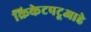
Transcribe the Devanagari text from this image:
क्रिकेटपटूआहे